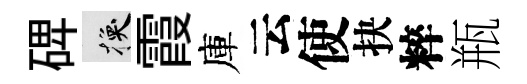
𥓓换霞庫云使抉粹瓶